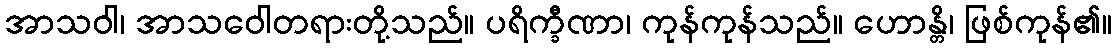
အာသဝါ၊ အာသဝေါတရားတို့သည်။ ပရိက္ခီဏာ၊ ကုန်ကုန်သည်။ ဟောန္တိ၊ ဖြစ်ကုန်၏။